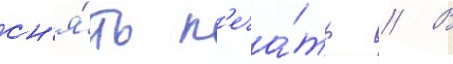
сн'я́ть п'еча́ть // В